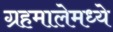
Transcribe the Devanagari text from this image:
ग्रहमालेमध्ये